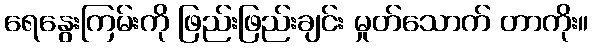
ရေနွေးကြမ်းကို ဖြည်းဖြည်းချင်း မှုတ်သောက် တာကိုး။